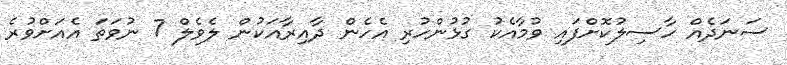
ސަނަދެއް ހާސިލުކޮށްފައި ވުމާއެކު ގުޅުންހުރި އެހެން ދާއިރާއަކުން ލެވެލް 7 ނުވަތަ އެއަށްވުރެ